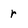
Character: r